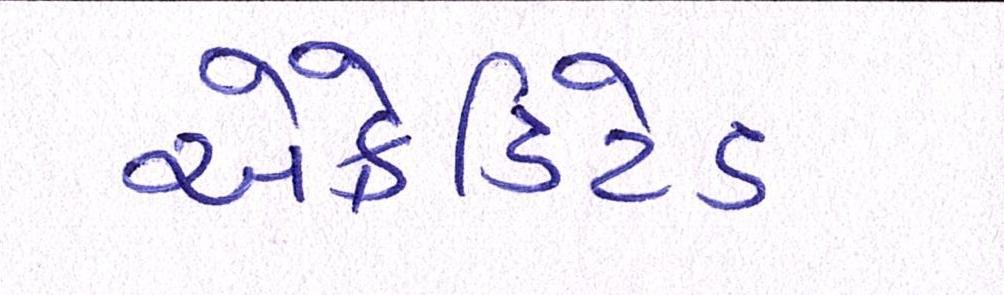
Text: એક્રેડિટેડ